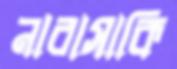
নারাসাকি